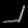
Digit: ၂